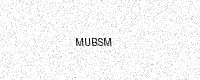
Text: MUBSM